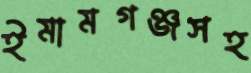
ইমামগঞ্জসহ